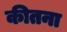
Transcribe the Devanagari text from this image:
कीतना